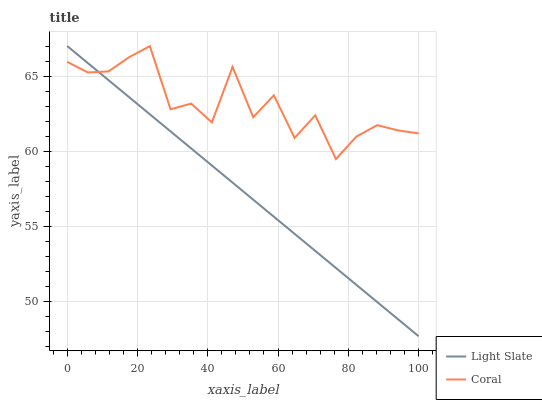
| xaxis_label | Light Slate | Coral |
 | --- | --- | --- |
 | 0 | 67 | 65.9 |
 | 5.88 | 65.9 | 65.2 |
 | 11.8 | 64.7 | 65.3 |
 | 17.6 | 63.6 | 66.3 |
 | 23.5 | 62.5 | 67 |
 | 29.4 | 61.3 | 62.8 |
 | 35.3 | 60.2 | 63.2 |
 | 41.2 | 59 | 61.9 |
 | 47.1 | 57.9 | 65.6 |
 | 52.9 | 56.8 | 62.3 |
 | 58.8 | 55.6 | 63.7 |
 | 64.7 | 54.5 | 60.9 |
 | 70.6 | 53.4 | 62.4 |
 | 76.5 | 52.2 | 59.5 |
 | 82.4 | 51.1 | 61 |
 | 88.2 | 49.9 | 61.7 |
 | 94.1 | 48.8 | 61.4 |
 | 100 | 47.7 | 61.2 |